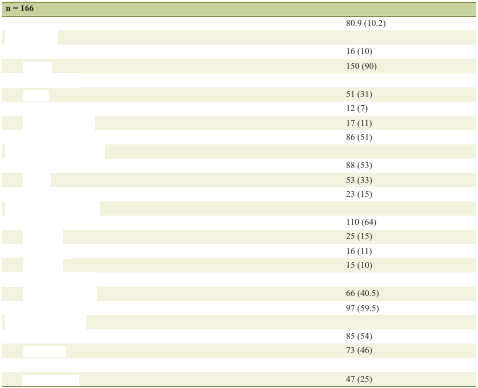
<table><thead><tr><td><b>n = 166</b></td><td>[EMPTY_CELL]</td></tr></thead><tbody><tr><td>[EMPTY_CELL]</td><td>80.9 (10.2)</td></tr><tr><td>[EMPTY_CELL]</td><td>[EMPTY_CELL]</td></tr><tr><td>[EMPTY_CELL]</td><td>16 (10)</td></tr><tr><td>[EMPTY_CELL]</td><td>150 (90)</td></tr><tr><td>[EMPTY_CELL]</td><td>[EMPTY_CELL]</td></tr><tr><td>[EMPTY_CELL]</td><td>51 (31)</td></tr><tr><td>[EMPTY_CELL]</td><td>12 (7)</td></tr><tr><td>[EMPTY_CELL]</td><td>17 (11)</td></tr><tr><td>[EMPTY_CELL]</td><td>86 (51)</td></tr><tr><td>[EMPTY_CELL]</td><td>[EMPTY_CELL]</td></tr><tr><td>[EMPTY_CELL]</td><td>88 (53)</td></tr><tr><td>[EMPTY_CELL]</td><td>53 (33)</td></tr><tr><td>[EMPTY_CELL]</td><td>23 (15)</td></tr><tr><td>[EMPTY_CELL]</td><td>[EMPTY_CELL]</td></tr><tr><td>[EMPTY_CELL]</td><td>110 (64)</td></tr><tr><td>[EMPTY_CELL]</td><td>25 (15)</td></tr><tr><td>[EMPTY_CELL]</td><td>16 (11)</td></tr><tr><td>[EMPTY_CELL]</td><td>15 (10)</td></tr><tr><td>[EMPTY_CELL]</td><td>[EMPTY_CELL]</td></tr><tr><td>[EMPTY_CELL]</td><td>66 (40.5)</td></tr><tr><td>[EMPTY_CELL]</td><td>97 (59.5)</td></tr><tr><td>[EMPTY_CELL]</td><td>[EMPTY_CELL]</td></tr><tr><td>[EMPTY_CELL]</td><td>85 (54)</td></tr><tr><td>[EMPTY_CELL]</td><td>73 (46)</td></tr><tr><td>[EMPTY_CELL]</td><td>[EMPTY_CELL]</td></tr><tr><td>[EMPTY_CELL]</td><td>47 (25)</td></tr></tbody></table>